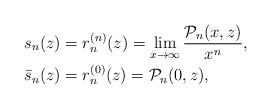
LaTeX: \begin{align*}s_n(z)&=r_n^{(n)}(z)=\lim_{x\rightarrow\infty}\frac{\mathcal P_n(x,z)}{x^n}, \\\bar s_n(z)&=r_n^{(0)}(z)=\mathcal P_n(0,z), \end{align*}